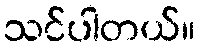
သင်ပါတယ်။